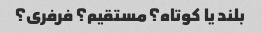
بلند یا کوتاه؟ مستقیم؟ فرفری؟